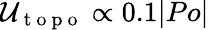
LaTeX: \mathcal{U}_{\mathrm{~t~o~p~o~}}\propto 0.1|Po|